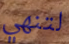
لتنهي